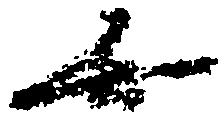
無